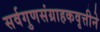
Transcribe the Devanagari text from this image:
सर्वगुणसंग्राहकवृत्तीने